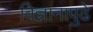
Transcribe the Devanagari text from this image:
विज्ञानापुढे